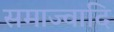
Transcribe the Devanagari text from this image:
समाज्वादि